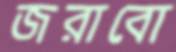
জরাবো